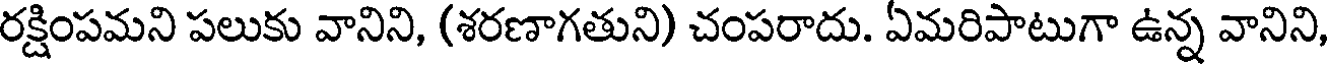
రక్షింపమని పలుకు వానిని, (శరణాగతుని) చంపరాదు. ఏమరిపాటుగా ఉన్న వానిని,